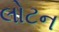
લોટન